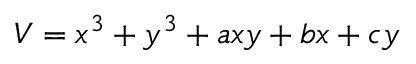
V = x ^ { 3 } + y ^ { 3 } + a x y + b x + c y